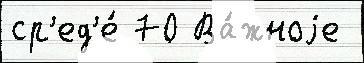
ср'ед'е́ 70 Ва́жноjе